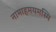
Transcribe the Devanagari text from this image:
नामाहमयमस्मि